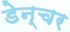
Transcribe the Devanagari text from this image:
डेन्चर